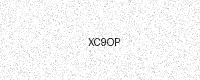
Text: XC9OP